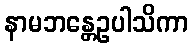
နာမဘန္တေဥပါသိကာ